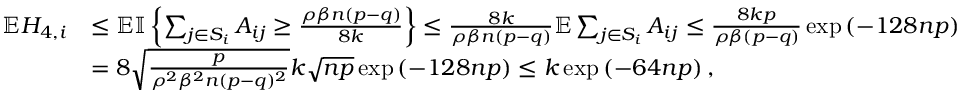
\begin{array} { r l } { \mathbb { E } H _ { 4 , i } } & { \leq \mathbb { E } { \mathbb { I } \left\{ { \sum _ { j \in S _ { i } } A _ { i j } \geq \frac { \rho \beta n ( p - q ) } { 8 k } } \right\} } \leq \frac { 8 k } { \rho \beta n ( p - q ) } \mathbb { E } \sum _ { j \in S _ { i } } A _ { i j } \leq \frac { 8 k p } { \rho \beta ( p - q ) } \exp \left( - 1 2 8 n p \right) } \\ & { = 8 \sqrt { \frac { p } { \rho ^ { 2 } \beta ^ { 2 } n ( p - q ) ^ { 2 } } } k \sqrt { n p } \exp \left( - 1 2 8 n p \right) \leq k \exp \left( - 6 4 n p \right) , } \end{array}